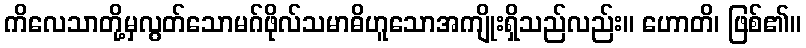
ကိလေသာတို့မှလွတ်သောမဂ်ဖိုလ်သမာဓိဟူသောအကျိုးရှိသည်လည်း။ ဟောတိ၊ ဖြစ်၏။